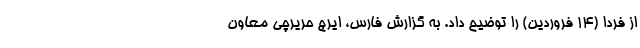
از فردا (۱۴ فروردین) را توضیح داد. به گزارش فارس، ایرج حریرچی معاون